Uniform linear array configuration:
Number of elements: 8
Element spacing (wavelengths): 1
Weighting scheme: cosine
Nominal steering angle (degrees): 30
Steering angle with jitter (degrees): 28.403
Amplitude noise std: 0.05
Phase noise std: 0.05

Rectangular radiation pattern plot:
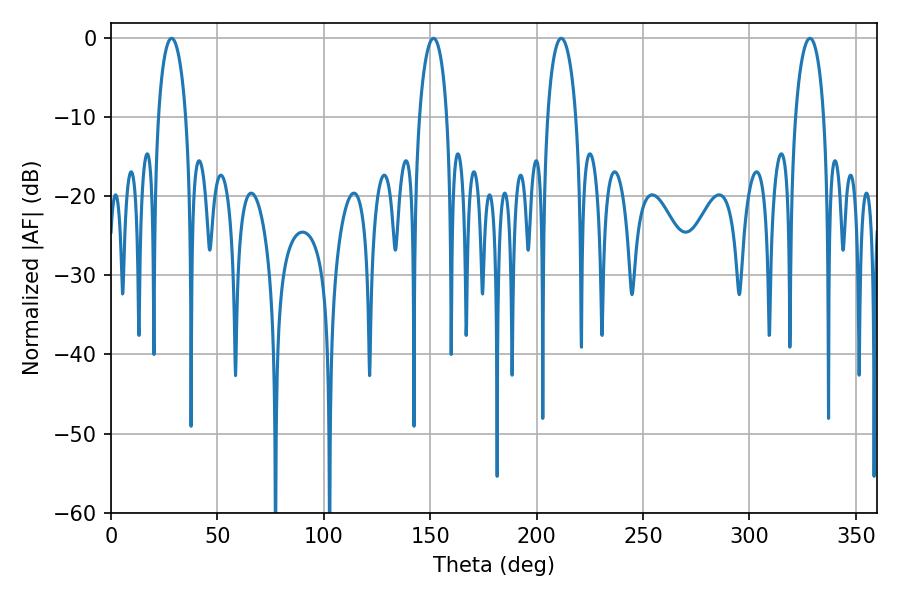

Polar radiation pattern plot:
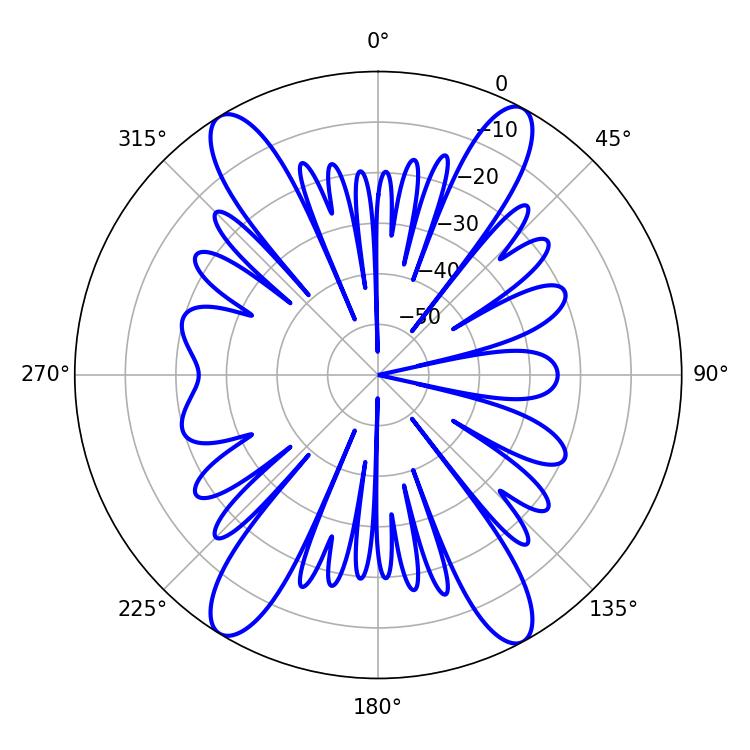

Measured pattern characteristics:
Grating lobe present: TRUE
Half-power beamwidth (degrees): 7.38
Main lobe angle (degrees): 28.44